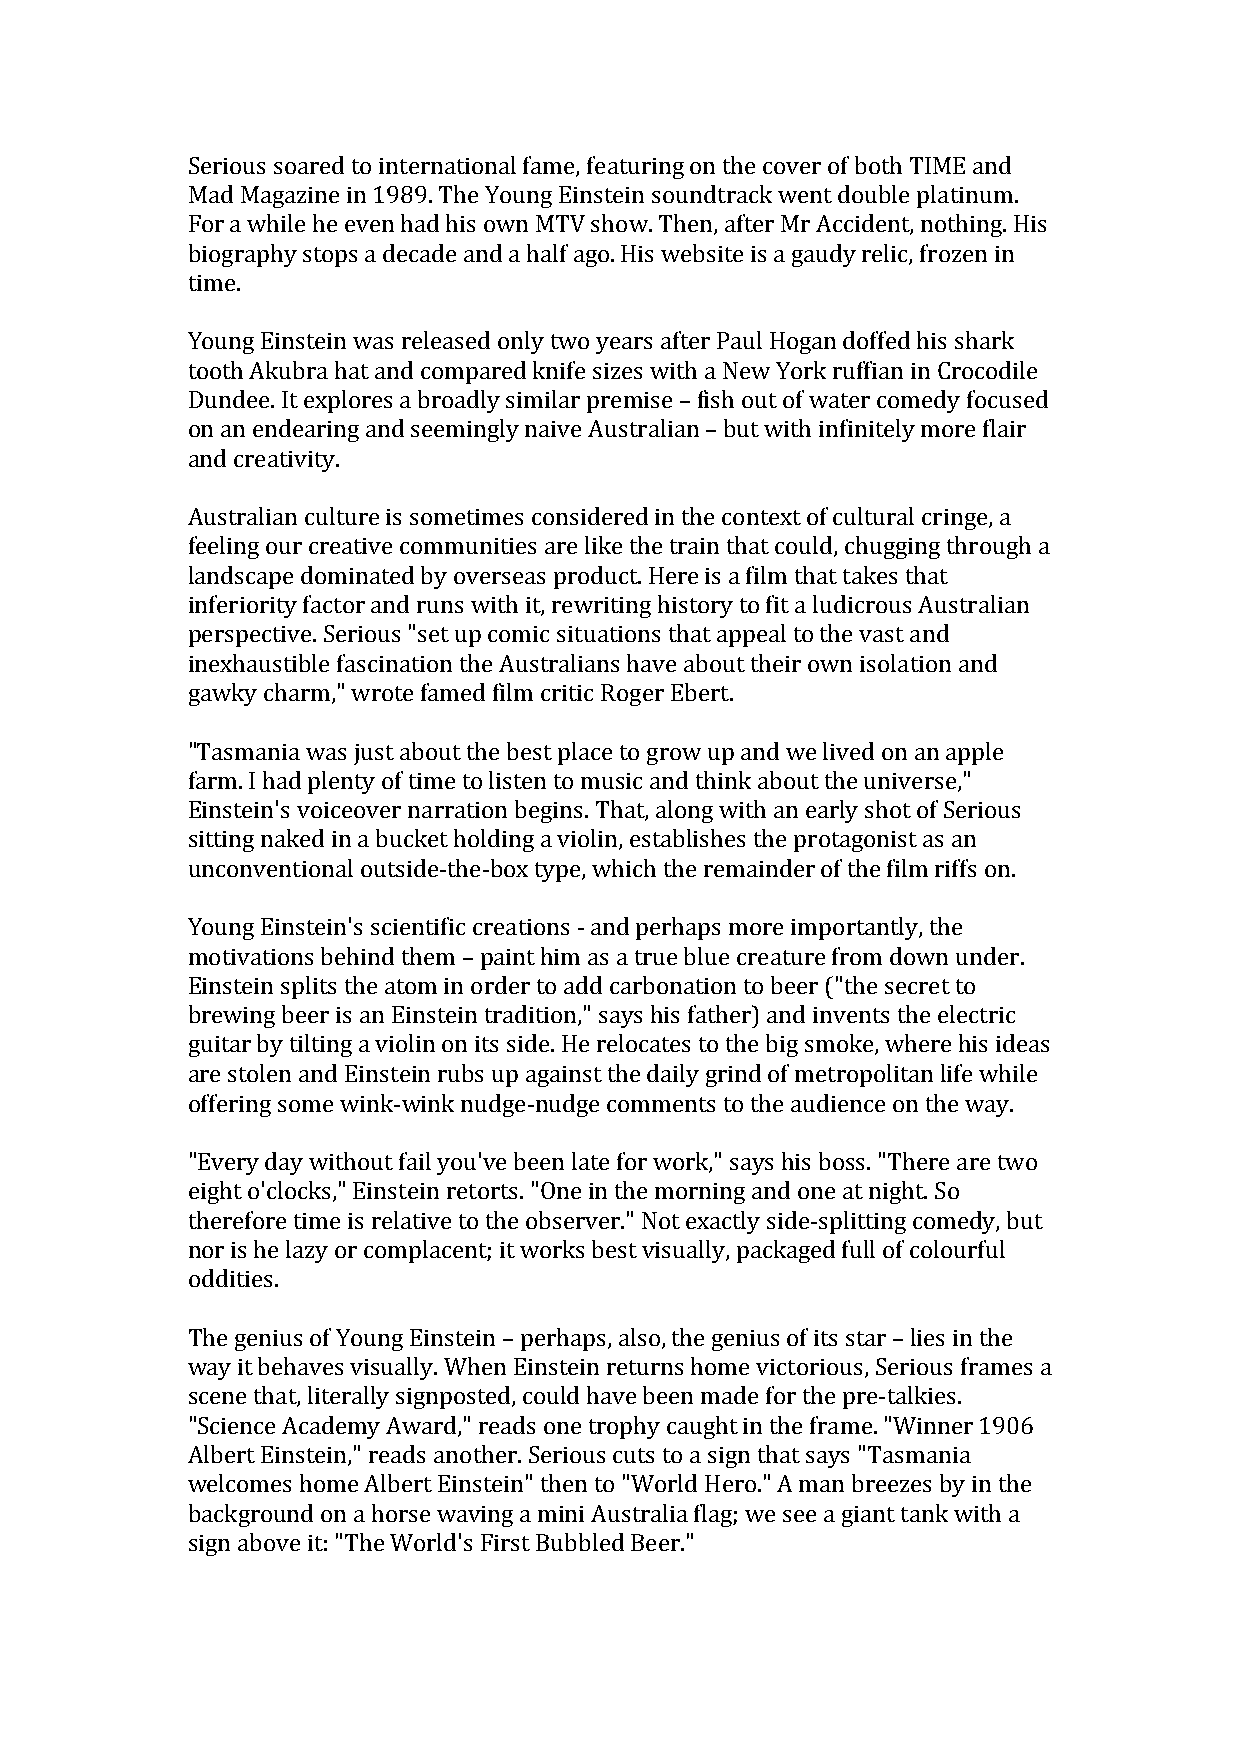
Serious soared to international fame, featuring on the cover of both TIME and
 Mad Magazine in 1989. The Young Einstein soundtrack went double platinum.
 For a while he even had his own MTV show. Then, after Mr Accident, nothing. His
 biography stops a decade and a half ago. His website is a gaudy relic, frozen in
 time.
 Young Einstein was released only two years after Paul Hogan doffed his shark
 tooth Akubra hat and compared knife sizes with a New York ruffian in Crocodile
 Dundee. It explores a broadly similar premise – fish out of water comedy focused
 on an endearing and seemingly naive Australian – but with infinitely more flair
 and creativity.
 Australian culture is sometimes considered in the context of cultural cringe, a
 feeling our creative communities are like the train that could, chugging through a
 landscape dominated by overseas product. Here is a film that takes that
 inferiority factor and runs with it, rewriting history to fit a ludicrous Australian
 perspective. Serious "set up comic situations that appeal to the vast and
 inexhaustible fascination the Australians have about their own isolation and
 gawky charm," wrote famed film critic Roger Ebert.
 "Tasmania was just about the best place to grow up and we lived on an apple
 farm. I had plenty of time to listen to music and think about the universe,"
 Einstein's voiceover narration begins. That, along with an early shot of Serious
 sitting naked in a bucket holding a violin, establishes the protagonist as an
 unconventional outside-the-box type, which the remainder of the film riffs on.
 Young Einstein's scientific creations - and perhaps more importantly, the
 motivations behind them – paint him as a true blue creature from down under.
 Einstein splits the atom in order to add carbonation to beer ("the secret to
 brewing beer is an Einstein tradition," says his father) and invents the electric
 guitar by tilting a violin on its side. He relocates to the big smoke, where his ideas
 are stolen and Einstein rubs up against the daily grind of metropolitan life while
 offering some wink-wink nudge-nudge comments to the audience on the way.
 "Every day without fail you've been late for work," says his boss. "There are two
 eight o'clocks," Einstein retorts. "One in the morning and one at night. So
 therefore time is relative to the observer." Not exactly side-splitting comedy, but
 nor is he lazy or complacent; it works best visually, packaged full of colourful
 oddities.
 The genius of Young Einstein – perhaps, also, the genius of its star – lies in the
 way it behaves visually. When Einstein returns home victorious, Serious frames a
 scene that, literally signposted, could have been made for the pre-talkies.
 "Science Academy Award," reads one trophy caught in the frame. "Winner 1906
 Albert Einstein," reads another. Serious cuts to a sign that says "Tasmania
 welcomes home Albert Einstein" then to "World Hero." A man breezes by in the
 background on a horse waving a mini Australia flag; we see a giant tank with a
 sign above it: "The World's First Bubbled Beer."